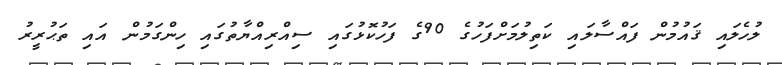
ލުހެލައި ޤައުމުން ފައްސާލައި ކަތިލުމަށްފަހުގެ 90ގެ ފަހުކޮޅުގައި ސިއްރިއްޔާތުގައި ހިންގަމުން އައި ތަޙުރީރު